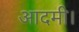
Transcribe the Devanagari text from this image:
आदमी।